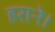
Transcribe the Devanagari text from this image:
हराने।